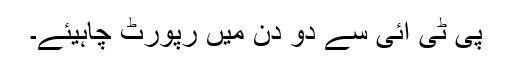
پی ٹی آئی سے دو دن میں رپورٹ چاہیئے۔